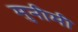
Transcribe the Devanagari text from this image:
मुनीमी